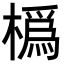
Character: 𪳵